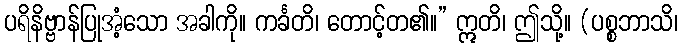
ပရိနိဗ္ဗာန်ပြုအံ့သော အခါကို။ ကင်္ခတိ၊ တောင့်တ၏။” ဣတိ၊ ဤသို့။ (ပစ္စဘာသိ၊